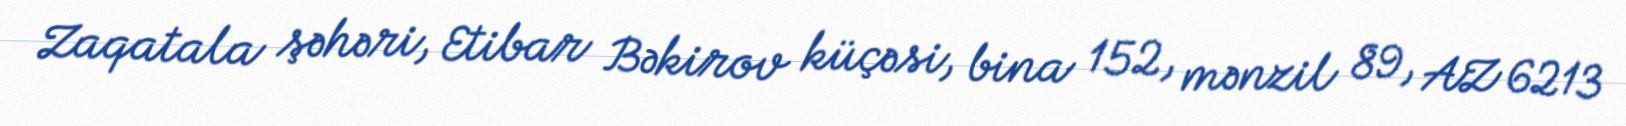
Zaqatala şəhəri, Etibar Bəkirov küçəsi, bina 152, mənzil 89, AZ 6213